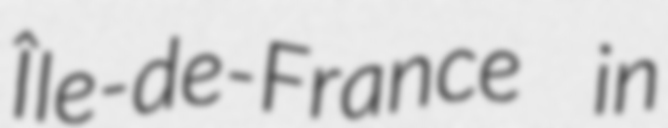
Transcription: Île-de-France in